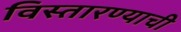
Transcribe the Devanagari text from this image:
विस्तारण्याची